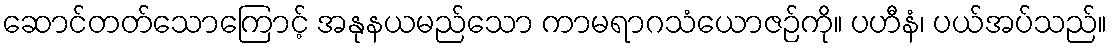
ဆောင်တတ်သောကြောင့် အနုနယမည်သော ကာမရာဂသံယောဇဉ်ကို။ ပဟီနံ၊ ပယ်အပ်သည်။